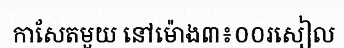
កាសែតមួយ នៅម៉ោង៣៖០០រសៀល